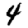
Digit: 4